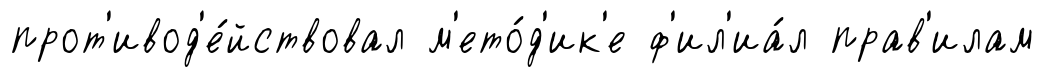
прот'ивод'е́йствовал м'ето́д'ик'е ф'ил'иа́л прав'илам